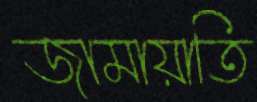
জামায়াতি